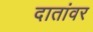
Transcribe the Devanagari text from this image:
दातांवर